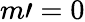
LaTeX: m\prime=0